Civil Veterinary Dept. North-West Frontier Province 1933-46 - 1933-1946
Year: 1933
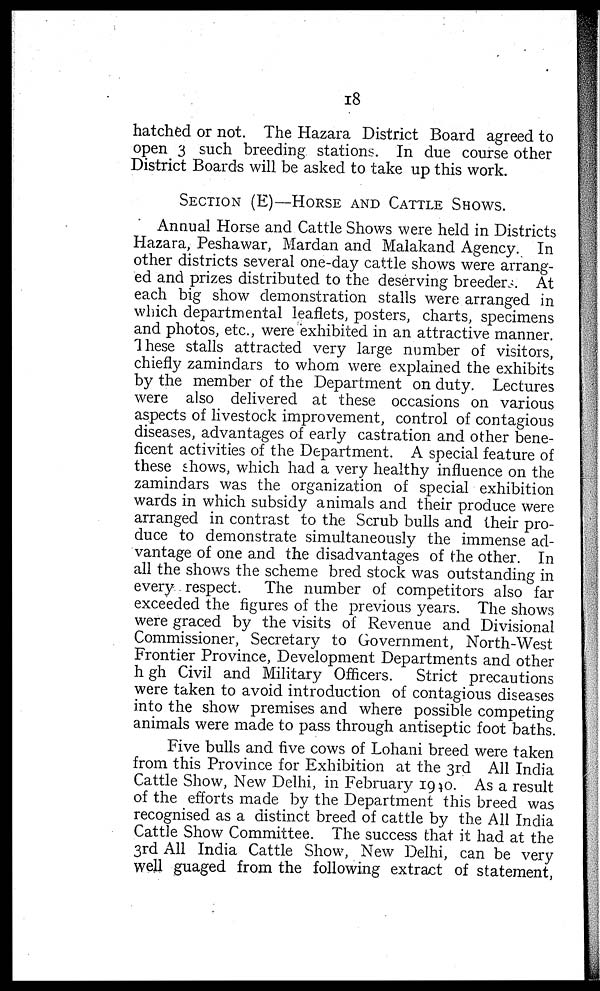
18
hatched or not. The Hazara District Board agreed to
open 3 such breeding stations. In due course other
District Boards will be asked to take up this work.
SECTION (E)—HORSE AND CATTLE SHOWS.
Annual Horse and Cattle Shows were held in Districts
Hazara, Peshawar, Mardan and Malakand Agency. In
other districts several one-day cattle shows were arrang-
ed and prizes distributed to the deserving breeders. At
each big show demonstration stalls were arranged in
which departmental leaflets, posters, charts, specimens
and photos, etc., were exhibited in an attractive manner.
These stalls attracted very large number of visitors,
chiefly zamindars to whom were explained the exhibits
by the member of the Department on duty. Lectures
were also delivered at these occasions on various
aspects of livestock improvement, control of contagious
diseases, advantages of early castration and other bene-
ficent activities of the Department. A special feature of
these shows, which had a very healthy influence on the
zamindars was the organization of special exhibition
wards in which subsidy animals and their produce were
arranged in contrast to the Scrub bulls and their pro-
duce to demonstrate simultaneously the immense ad-
vantage of one and the disadvantages of the other. In
all the shows the scheme bred stock was outstanding in
every respect. The number of competitors also far
exceeded the figures of the previous years. The shows
were graced by the visits of Revenue and Divisional
Commissioner, Secretary to Government, North-West
Frontier Province, Development Departments and other
high Civil and Military Officers.
Strict precautions
were taken to avoid introduction of contagious diseases
into the show premises and where possible competing
animals were made to pass through antiseptic foot baths.
Five bulls and five cows of Lohani breed were taken
from this Province for Exhibition at the 3rd All India
Cattle Show, New Delhi, in February 1940. As a result
of the efforts made by the Department this breed was
recognised as a distinct breed of cattle by the All India
Cattle Show Committee. The success that it had at the
3rd All India Cattle Show, New Delhi, can be very
well guaged from the following extract of statement,